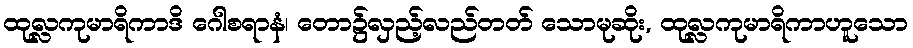
ထုလ္လကုမာရိကာဒိ ဂေါစရာနံ၊ တော၌လှည့်လည်တတ် သောမုဆိုး, ထုလ္လကုမာရိကာဟူသော